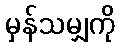
မှန်သမျှကို